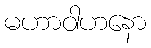
မဟာဝါဟနော